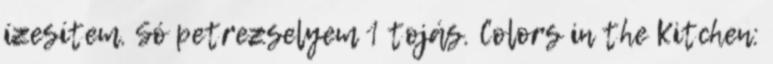
ízesítem. Só petrezselyem 1 tojás. Colors in the Kitchen: